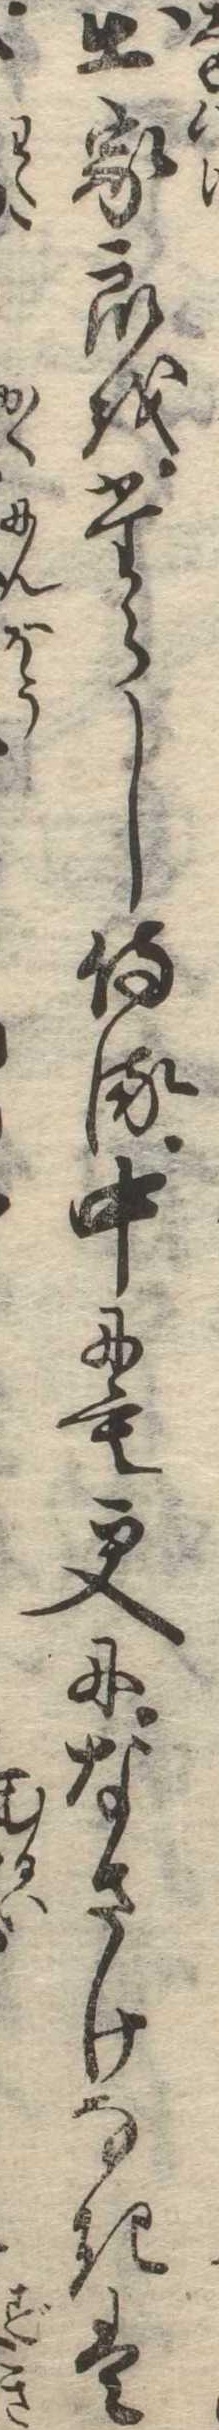
出家衆をたらし侍る中にも更になさけなきは